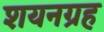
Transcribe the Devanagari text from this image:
शयनग्रह